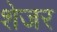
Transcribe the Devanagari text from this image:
शेजर